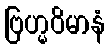
ဗြဟ္မဝိမာနံ